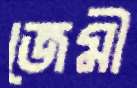
জেমী